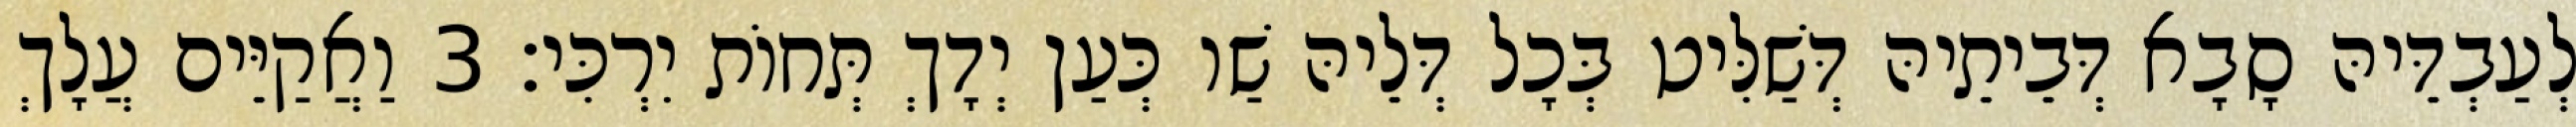
לְעַבְדֵּיהּ סָבָא דְּבֵיתֵיהּ דְּשַׁלִּיט בְּכָל דְּלֵיהּ שַׁו כְּעַן יְדָךְ תְּחוֹת יִרְכִּי׃ 3 וַאֲקַיֵּים עֲלָךְ